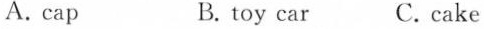
A.cap B. toy car C. cake